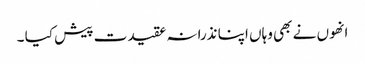
انھوں نے بھی وہاں اپنا نذرانہ عقیدت پیش کیا ۔